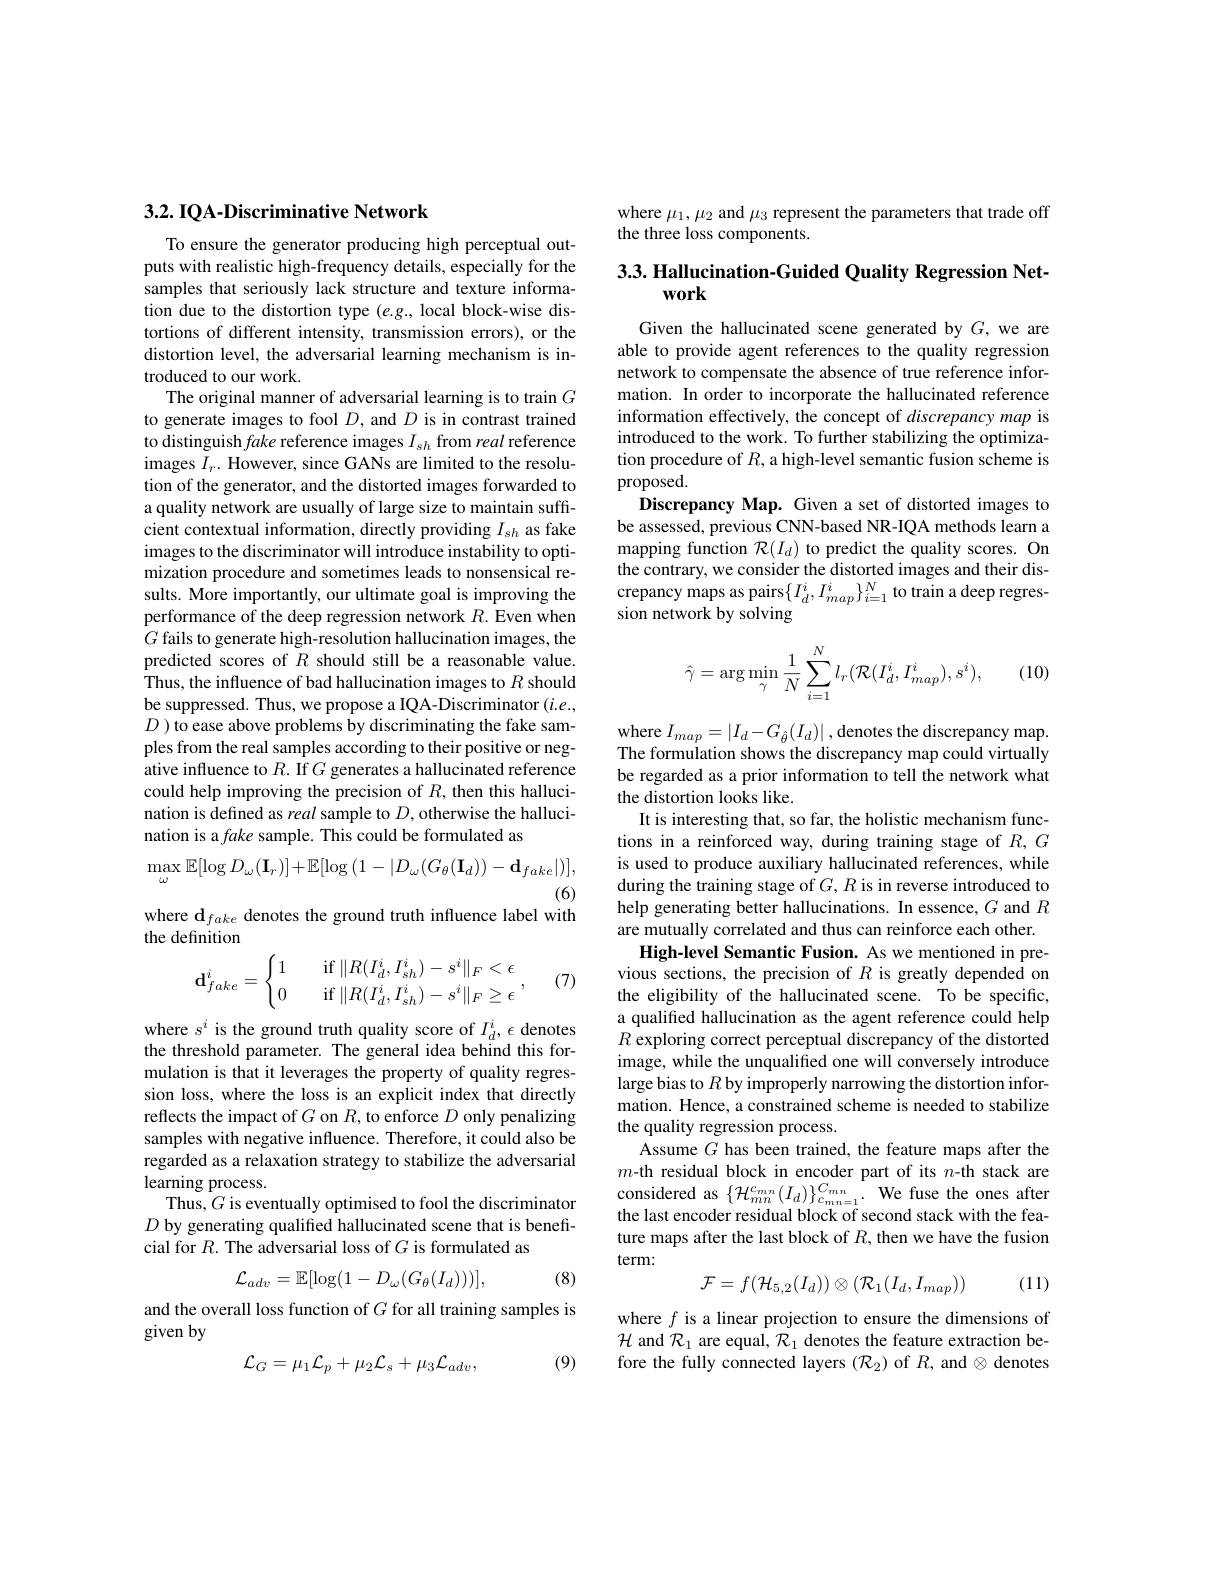
## $3. 2. \textbf{IQA- Discriminative Network}$

To ensure the generator producing high perceptual outputs with realistic high-frequency details, especially for the samples that seriously lack structure and texture information due to the distortion type $(e.g.$, local block-wise distortions of different intensity, transmission errors), or the distortion level, the adversarial learning mechanism is introduced to our work.
The original manner of adversarial learning is to train $G$ to generate images to fool $D$, and $D$ is in contrast trained to distinguish fake reference images $I_sh$ from real reference images $I_r.$ However, since GANs are limited to the resolution of the generator, and the distorted images forwarded to a quality network are usually of large size to maintain sufficient contextual information, directly providing $I_sh$ as fake images to the discriminator will introduce instability to optimization procedure and sometimes leads to nonsensical results. More importantly, our ultimate goal is improving the performance of the deep regression network $R.$ Even when $G$ fails to generate high-resolution hallucination images, the predicted scores of $R$ should still be a reasonable value. Thus, the influence of bad hallucination images to $R$ should be suppressed. Thus, we propose a IQA-Discriminator $(i.e.$, $D$ ) to ease above problems by discriminating the fake samples from the real samples according to their positive or negative influence to $R.$ If $G$ generates a hallucinated reference could help improving the precision of $R$, then this hallucination is defined as real sample to $D$,otherwise the hallucination is a fake sample. This could be formulated as
$$\max_{\omega}\mathbb{E}[\log D_{\omega}(\mathbf{I}_{r})]+\mathbb{E}[\log{(1-|D_{\omega}(G_{\theta}(\mathbf{I}_{d}))-\mathbf{d}_{fake}|)}],$$
(6)
where d$_fake$ denotes the ground truth influence label with

the definition
$$\mathbf{d}_{fake}^i=\begin{cases}1&\quad\text{if}\|R(I_d^i,I_{sh}^i)-s^i\|_F<\epsilon\\0&\quad\text{if}\|R(I_d^i,I_{sh}^i)-s^i\|_F\ge\epsilon\end{cases},$$
(7)

$\begin{array}{l}\mathrm{where~s^i~is~the~ground~truth~quality~score~of~}I_d^i,\epsilon~\mathrm{denotes}\\\mathrm{the~threshold~parameter.~The~general~idea~behind~this~for-}\end{array}$ mulation is that it leverages the property of quality regression loss, where the loss is an explicit index that directly reflects the impact of $G$ on $R$, to enforce $D$ only penalizing samples with negative influence. Therefore, it could also be regarded as a relaxation strategy to stabilize the adversarial learning process.
Thus, $G$ is eventually optimised to fool the discriminator $D$ by generating qualified hallucinated scene that is beneficial for $R.$ The adversarial loss of $G$ is formulated as
$$\mathcal{L}_{adv}=\mathbb{E}[\log(1-D_{\omega}(G_{\theta}(I_{d})))],$$
(8)

and the overall loss function of $G$ for all training samples is
given by
$$\mathcal{L}_{G}=\mu_{1}\mathcal{L}_{p}+\mu_{2}\mathcal{L}_{s}+\mu_{3}\mathcal{L}_{adv},$$
(9)

where $\mu_1,\mu_2$ and $\mu_3$ represent the parameters that trade off
the three loss components.

## 3.3. Hallucination-Guided Quality Regression Network

Given the hallucinated scene generated by $G$, we are able to provide agent references to the quality regression network to compensate the absence of true reference information. In order to incorporate the hallucinated reference information effectively, the concept of discrepancy map is introduced to the work. To further stabilizing the optimization procedure of $R$, a high-level semantic fusion scheme is proposed.
Discrepancy Map. Given a set of distorted images to be assessed, previous CNN-based NR-IQA methods learn a mapping function $\mathcal{R}(I_d)$ to predict the quality scores. On the contrary, we consider the distorted images and their discrepancy maps as pairs$\{I_d^i,I_{map}^i\}_{i=1}^N$to train a deep regression network by solving
$$\hat{\gamma}=\arg\min_{\gamma}\frac{1}{N}\sum_{i=1}^{N}l_{r}(\mathcal{R}(I_{d}^{i},I_{map}^{i}),s^{i}),$$
(10)

where $I_map=\left|I_d-G_{\hat{\theta}}(I_d)\right|$,denotes the discrepancy map. The formulation shows the discrepancy map could virtually be regarded as a prior information to tell the network what the distortion looks like.
It is interesting that, so far, the holistic mechanism functions in a reinforced way, during training stage of $R,G$ is used to produce auxiliary hallucinated references, while during the training stage of $G,R$ is in reverse introduced to help generating better hallucinations. In essence, $G$ and $R$ are mutually correlated and thus can reinforce each other.
High-level Semantic Fusion. As we mentioned in previous sections, the precision of $R$ is greatly depended on the eligibility of the hallucinated scene. To be specific, a qualifed hallucination as the agent reference could help $R$ exploring correct perceptual discrepancy of the distorted image, while the unqualified one will conversely introduce large bias to $R$ by improperly narrowing the distortion information. Hence, a constrained scheme is needed to stabilize the quality regression process.
Assume $G$ has been trained, the feature maps after the $m$-th residual block in encoder part of its $n$-th stack are considered as $\{\mathcal{H}_{mn}^{c_{mn}}(I_{d})\}_{c_{mn=1}}^{C_{mn}}.$ We fuse the ones after the last encoder residual block of second stack with the feature maps after the last block of $R$, then we have the fusion term:

(11)
$$\mathcal{F}=f(\mathcal{H}_{5,2}(I_{d}))\otimes(\mathcal{R}_{1}(I_{d},I_{map}))$$
where $f$ is a linear projection to ensure the dimensions of $\mathcal{H}$ and $\mathcal{R}_1$ are equal, $\mathcal{R}_1$ denotes the feature extraction before the fully connected layers $(\mathcal{R}_2)$ of $R$, and $\otimes$ denotes